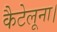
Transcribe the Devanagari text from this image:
कैटेलूना।